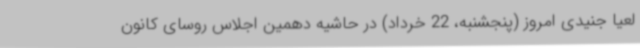
لعیا جنیدی امروز (پنجشنبه، 22 خرداد) در حاشیه دهمین اجلاس روسای کانون